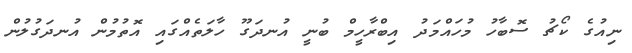
ނިއުގެ ކޯޗު ސޮބާހު މުހައްމަދު އިބްރާހީމް ބުނީ އުނދަގޫ ހާލަތެއްގައި އޮތުމުން އުނދަގުލުން